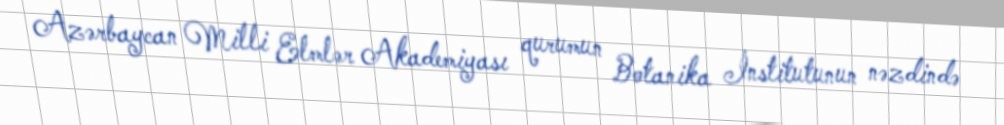
Azərbaycan Milli Elmlər Akademiyası qurumun Botanika İnstitutunun nəzdində